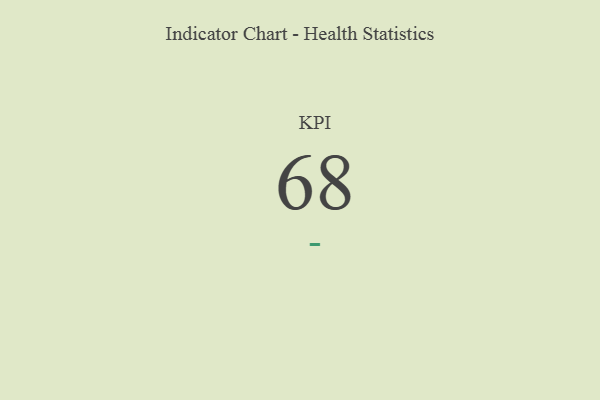
{"axis": {"x": "KPI", "y": "Value"}, "legend": [""], "data": [{"x": "KPI", "y": 68, "type": ""}]}